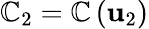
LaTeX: {\cal\mathbb{C}}_{2}={\cal\mathbb{C}}\left({\mathbf{u}}_{2}\right)